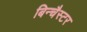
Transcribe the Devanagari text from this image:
बिन्चैस्टर